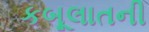
કબૂલાતની